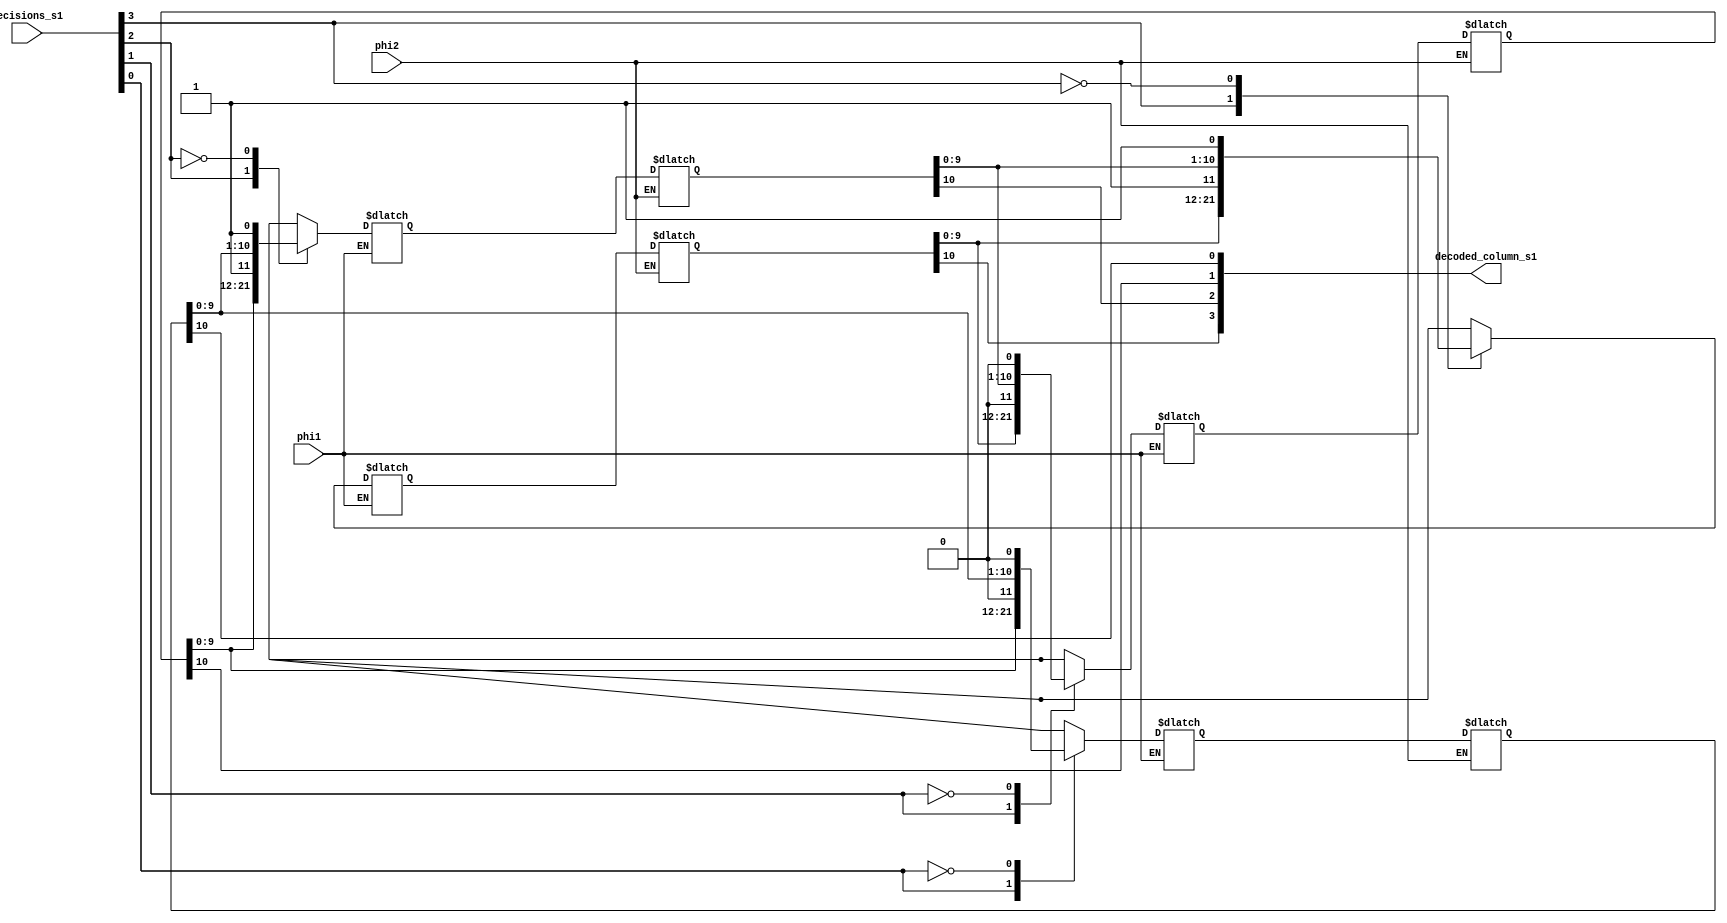
////////////////////////////////////////////////////
// Module spu.v 
// Hierarchy: decoder_core.v
// Module function: 
//  Module spu.v  implements the register-exchange technique for tracing
//  of the survivor path.

//////////////////////////////////////////////////// 

module spu(decisions_s1,decoded_column_s1,phi1,phi2);

////////////////////////////////////////////////////

input         phi1,phi2;
input  [3:0]  decisions_s1;

output [3:0]  decoded_column_s1;


reg   [10:0]  path_in_00_s1,
              path_in_01_s1,
              path_in_10_s1,
              path_in_11_s1;

reg   [10:0]  path_out_00_s2,
              path_out_01_s2,
              path_out_10_s2,
              path_out_11_s2;

reg   [10:0]  path_out_00_s1,
              path_out_01_s1,
              path_out_10_s1,
              path_out_11_s1;
/*
wire    phi1_b,
        phi1_bb,
        phi2_b,
        phi2_bb;
wire [3:0] decisions_b_s1;
assign decisions_b_s1 = ~decisions_s1;
assign phi1_b = ~phi1; 
assign phi1_bb =~(~phi1); 
assign phi2_b = ~phi2; 
assign phi2_bb =~(~phi2); 

snooper spusnoop(
        phi1, phi1_b, phi2, phi2_b, 
        decisions_s1, decisions_b_s1, decoded_column_s1);
*/

/////////////////////////////////////////////////////
// Update the survivor path index for tracing back
//
// At any time, there are only four paths surviving which correspond to the four
// states in the trellis slice. Every path is updated from one of the two
// candidates according to the trellis structure. After the update, each path
// stores the whole decoded sequence which corresponds to the tail of the 
// current state. If decision bit is one we shift in the lower of the two
// input candidates.

always @ (phi1 or  path_out_00_s1 or path_out_01_s1 or
path_out_10_s1 or path_out_11_s1 or decisions_s1)

begin
  case(decisions_s1[0])
    1'b1 :  path_in_00_s1 = {path_out_01_s1[9:0], 1'b0};         
    1'b0 :  path_in_00_s1 = {path_out_00_s1[9:0], 1'b0};
    default :  path_in_00_s1 ={10'bx,1'b0} ;
  endcase
  case(decisions_s1[1])
    1'b1 :  path_in_01_s1 = {path_out_11_s1[9:0], 1'b0};
    1'b0 :  path_in_01_s1 = {path_out_10_s1[9:0], 1'b0};
    default :  path_in_01_s1 ={10'bx,1'b0} ;
  endcase
  case(decisions_s1[2])
    1'b1 :  path_in_10_s1 = {path_out_01_s1[9:0], 1'b1};
    1'b0 :  path_in_10_s1 = {path_out_00_s1[9:0], 1'b1};
    default :  path_in_10_s1 = {10'bx,1'b1};
  endcase
  case(decisions_s1[3])
    1'b1 :  path_in_11_s1 = {path_out_11_s1[9:0], 1'b1};
    1'b0 :  path_in_11_s1 = {path_out_10_s1[9:0], 1'b1};
    default :  path_in_11_s1 = {10'bx,1'b1};
  endcase
end


//////////////////////////////////////////////////////////

always @(phi1 or path_in_00_s1 or path_in_01_s1 or path_in_10_s1 or 
         path_in_11_s1)
  if (phi1)
      begin	
          path_out_00_s2 = path_in_00_s1;
          path_out_01_s2 = path_in_01_s1;
          path_out_10_s2 = path_in_10_s1;
          path_out_11_s2 = path_in_11_s1;
      end

always @(phi2 or path_out_00_s2 or path_out_01_s2 or path_out_10_s2 or 
         path_out_11_s2)
  if (phi2)
      begin	
          path_out_00_s1 = path_out_00_s2;
          path_out_01_s1 = path_out_01_s2;
          path_out_10_s1 = path_out_10_s2;
          path_out_11_s1 = path_out_11_s2;
      end

/////////////////////////////////////////////////////////////////////////////
// All the bits in the path_out_??_s1[?] should be the same since this
// represents the common trunk for all four paths, in each moment. The actual
// decoded bit is chosen from any of the four bits in a vector. It is
// possible to decrease the error probability by choosing the decoded bit
// from the majority function performed on the bits of bits_out_s1 vector.
////////////////////////////////////////////////////////////////////////////

assign decoded_column_s1 = {path_out_11_s1[10],path_out_10_s1[10],
                      path_out_01_s1[10],path_out_00_s1[10]};  

/////////////////////////////////////////////////////////////////////////////
endmodule